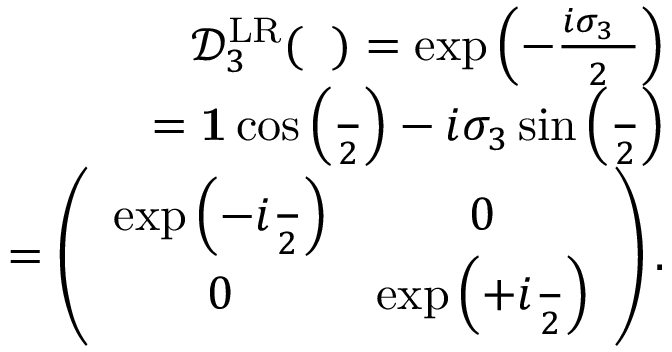
\begin{array} { r l r } & { } & { \mathcal { D } _ { 3 } ^ { \mathrm { L R } } ( { \it \Delta \phi } ) = \exp \left( - \frac { i \sigma _ { 3 } { \it \Delta \phi } } { 2 } \right) } \\ & { } & { = { \bf 1 } \cos \left( \frac { { \it \Delta \phi } } { 2 } \right) - i \sigma _ { 3 } \sin \left( \frac { { \it \Delta \phi } } { 2 } \right) } \\ & { } & { = \left( \begin{array} { c c } { \exp \left( - i \frac { { \it \Delta \phi } } { 2 } \right) } & { 0 } \\ { 0 } & { \exp \left( + i \frac { { \it \Delta \phi } } { 2 } \right) } \end{array} \right) . } \end{array}